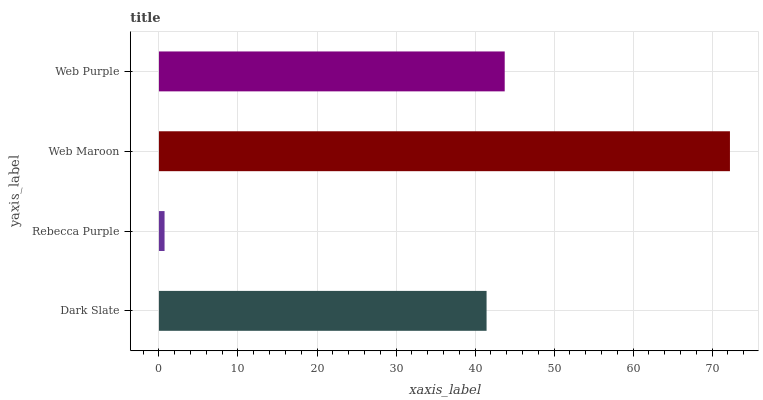
| yaxis_label | bars |
 | --- | --- |
 | Dark Slate | 41.5 |
 | Rebecca Purple | 0.711 |
 | Web Maroon | 72.3 |
 | Web Purple | 43.8 |